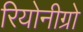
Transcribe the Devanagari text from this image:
रियोनीग्रो